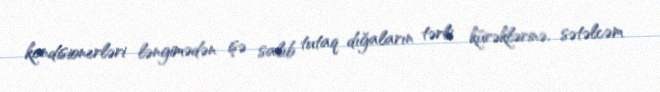
kondisionerləri ləngimədən işə salıb tutaq dığaların tərli kürəklərinə, sətəlcəm